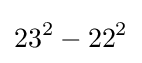
23^{2}-22^{2}